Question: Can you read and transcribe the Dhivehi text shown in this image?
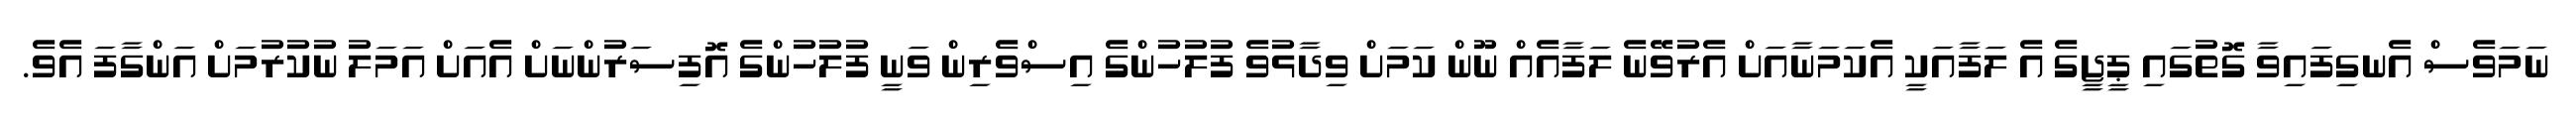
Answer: ނަމަވެސް އެނގިފައިވާ ގޮތުގައި ޕީޖީގެ އެ ލަފާއަކީ އެކަމަނާއަށް އެރުވޭނެ ލަފާއެއް ނޫން ކަމަށް ވިދާޅުވެ ފުލުހުންގެ އިސްވެރިން ވަނީ ފުލުހުންގެ އޮފިސަރުންނަށް އެއަށް އަމަލު ނުކުރުމަށް އަންގާފަ އެވެ.